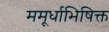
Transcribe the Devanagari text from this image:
ममूर्धाभिषिक्त